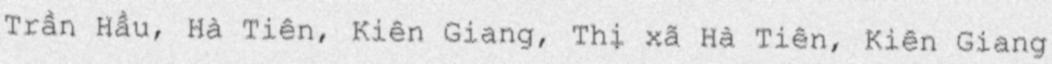
Trần Hầu, Hà Tiên, Kiên Giang, Thị xã Hà Tiên, Kiên Giang